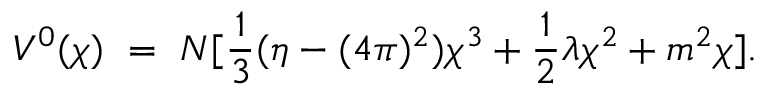
V ^ { 0 } ( \chi ) ~ = ~ N [ { \frac { 1 } { 3 } } ( { \eta - ( 4 \pi ) ^ { 2 } } ) \chi ^ { 3 } + { \frac { 1 } { 2 } } \lambda \chi ^ { 2 } + m ^ { 2 } \chi ] .